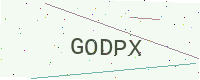
Text: GODPX